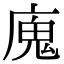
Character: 廆